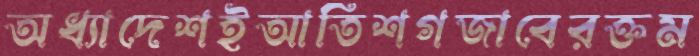
অধ্যাদেশইআতিশগজাবেরক্তম